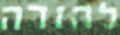
להזדה